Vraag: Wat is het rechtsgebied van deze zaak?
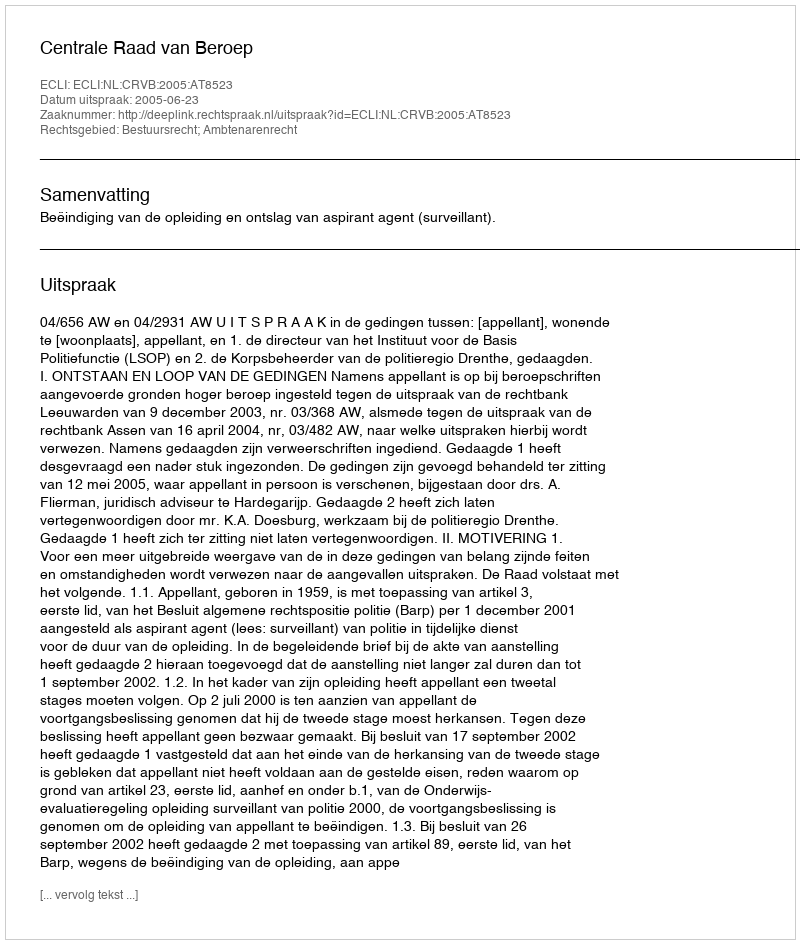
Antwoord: Bestuursrecht; Ambtenarenrecht